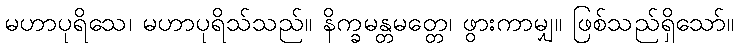
မဟာပုရိသေ၊ မဟာပုရိသ်သည်။ နိက္ခမန္တမတ္တေ၊ ဖွားကာမျှ။ ဖြစ်သည်ရှိသော်။